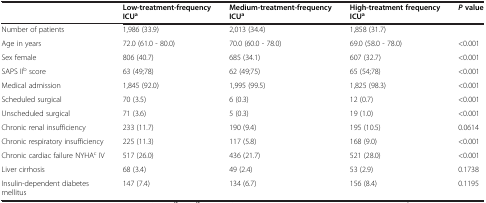
|  | Low-treatment-frequency ICUa | Medium-treatment-frequency ICUa | High-treatment frequency ICUa | P value |
 | --- | --- | --- | --- | --- |
 | Number of patients | 1,986 (33.9) | 2,013 (34.4) | 1,858 (31.7) |  |
 | Age in years | 72.0 (61.0 - 80.0) | 70.0 (60.0 - 78.0) | 69.0 (58.0 - 78.0) | <0.001 |
 | Sex female | 806 (40.7) | 685 (34.1) | 607 (32.7) | <0.001 |
 | SAPS IIb score | 63 (49;78) | 62 (49;75) | 65 (54;78) | <0.001 |
 | Medical admission | 1,845 (92.0) | 1,995 (99.5) | 1,825 (98.3) | <0.001 |
 | Scheduled surgical | 70 (3.5) | 6 (0.3) | 12 (0.7) | <0.001 |
 | Unscheduled surgical | 71 (3.6) | 5 (0.3) | 19 (1.0) | <0.001 |
 | Chronic renal insufficiency | 233 (11.7) | 190 (9.4) | 195 (10.5) | 0.0614 |
 | Chronic respiratory insufficiency | 225 (11.3) | 117 (5.8) | 168 (9.0) | <0.001 |
 | Chronic cardiac failure NYHAc IV | 517 (26.0) | 436 (21.7) | 521 (28.0) | <0.001 |
 | Liver cirrhosis | 68 (3.4) | 49 (2.4) | 53 (2.9) | 0.1738 |
 | Insulin-dependent diabetes mellitus | 147 (7.4) | 134 (6.7) | 156 (8.4) | 0.1195 |